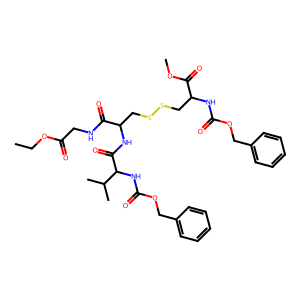
SMILES: CCOC(=O)CNC(=O)C(CSSCC(NC(=O)OCc1ccccc1)C(=O)OC)NC(=O)C(NC(=O)OCc1ccccc1)C(C)C
Inhibits HIV replication: No